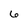
Character: 6